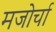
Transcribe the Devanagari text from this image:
मजोर्चा